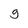
Character: g